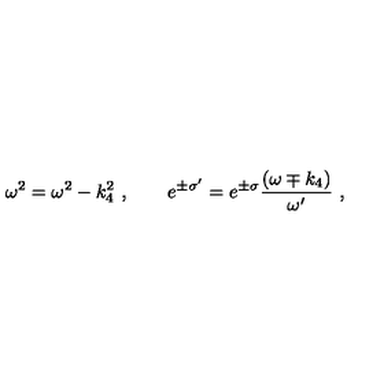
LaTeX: \omega ^ { 2 } = \omega ^ { 2 } - k _ { 4 } ^ { 2 } \ , \qquad e ^ { \pm \sigma ^ { \prime } } = e ^ { \pm \sigma } { \frac { ( \omega \mp k _ { 4 } ) } { \omega ^ { \prime } } } \ ,